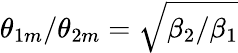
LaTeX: \theta_{1m}/\theta_{2m}=\sqrt{\beta_{2}/\beta_{1}}